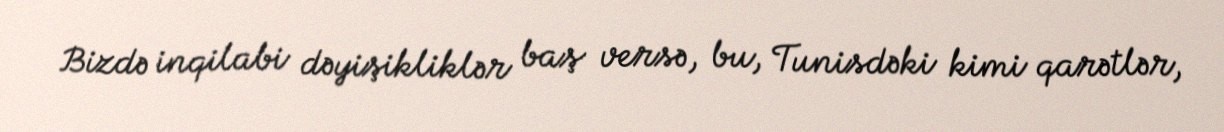
Bizdə inqilabi dəyişikliklər baş versə, bu, Tunisdəki kimi qarətlər,